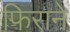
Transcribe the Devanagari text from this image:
फिराने